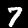
Label: 7